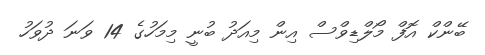
ބޭންކް އޮފް މޯލްޑިވްސް އިން މިއަދު ބުނީ މިމަހުގެ 14 ވަނަ ދުވަހު